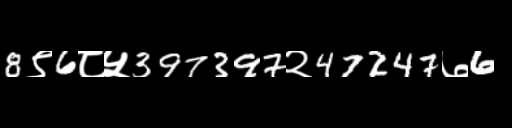
Text: 8९6८५397397२47247७6